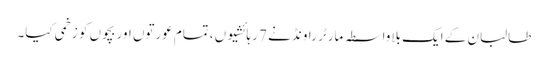
طالبان کے ایک بلاواسطہ مارٹر راونڈ نے 7 رہائشیوں ،تمام عورتوں اور بچوں کو زخمی کیا۔